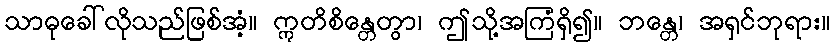
သာဓုခေါ်လိုသည်ဖြစ်အံ့။ ဣတိစိန္တေတွာ၊ ဤသို့အကြံရှိ၍။ ဘန္တေ၊ အရှင်ဘုရား။